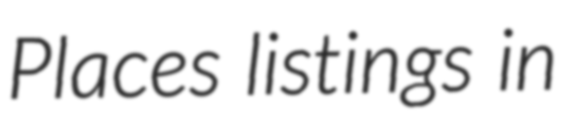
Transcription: Places listings in